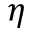
\eta